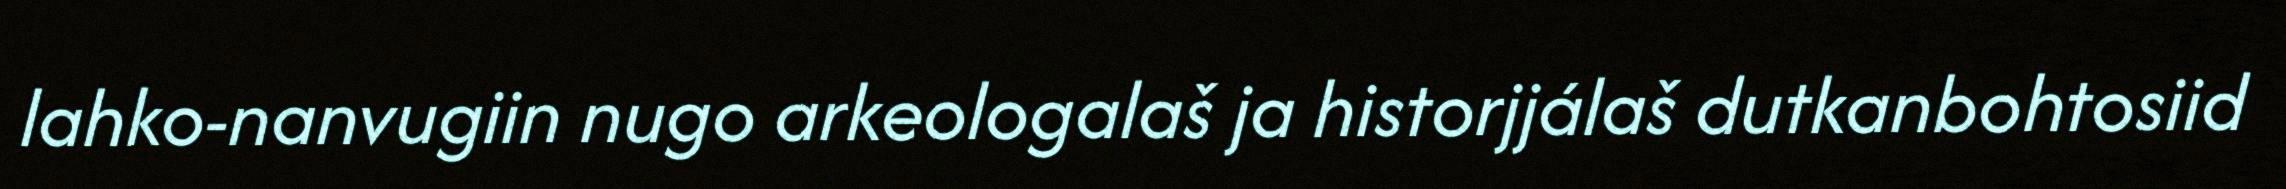
lahko-nanvugiin nugo arkeologalaš ja historjjálaš dutkanbohtosiid